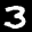
Label: 3